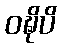
ဝဍ္ဎိပိ